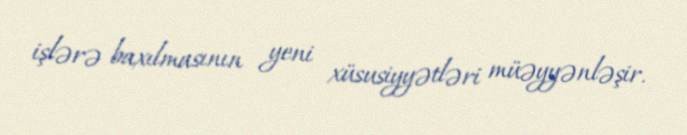
işlərə baxılmasının yeni xüsusiyyətləri müəyyənləşir.